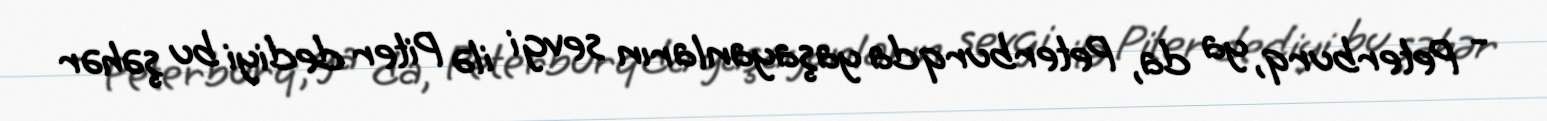
- Peterburq, ya da, Peterburqda yaşayanların sevgi ilə Piter dediyi bu şəhər